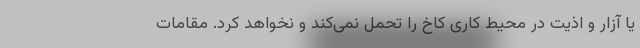
یا آزار و اذیت در محیط کاری کاخ را تحمل نمی‌کند و نخواهد کرد. مقامات